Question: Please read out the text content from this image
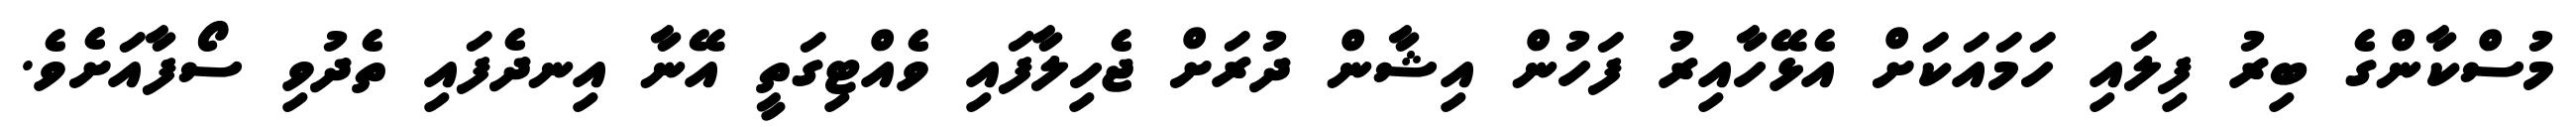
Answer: މުސްކާންގެ ބިރު ފިލައި ހަމައަކަށް އެޅޭހާއިރު ފަހުން އިޝާން ދުރަށް ޖެހިލާފައި ވެއްޓިގަތީ އޭނާ އިނދެފައި ތެދުވި ސޯފާއަށެވެ.